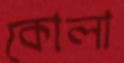
কোলা